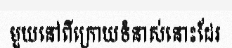
មួយនៅពីក្រោយទំនាស់នោះដែរ